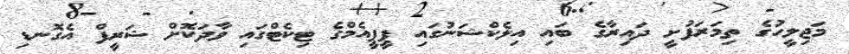
މަޖިލީހުގެ ތިމަރަފުށީ ދައިރާގެ ބައި އިލެކްޝަނުގައި ޕީޕީއެމްގެ ޓިކެޓްގައި ވާދަކޮށް ޝަރީފް އެގޮނޑި